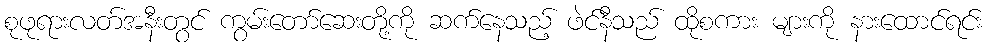
စုဖုရားလတ်အနီးတွင် ကွမ်းတော်ဆေးတို့ကို ဆက်နေသည့် ဖဲင်နီသည် ထိုစကား များကို နားထောင်ရင်း